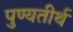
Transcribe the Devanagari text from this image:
पुण्यतीर्थ